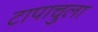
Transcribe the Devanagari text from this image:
टापाचुला